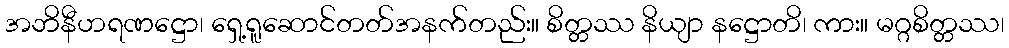
အဘိနီဟရဏဋ္ဌော၊ ရှေ့ရူဆောင်တတ်အနက်တည်း။ စိတ္တဿ နိယျာ နဋ္ဌောတိ၊ ကား။ မဂ္ဂစိတ္တဿ၊